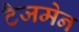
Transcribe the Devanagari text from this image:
टैजमेन